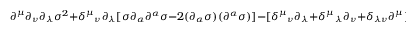
\partial ^ { \mu } \partial _ { \nu } \partial _ { \lambda } \sigma ^ { 2 } + \delta ^ { \mu } { } _ { \nu } \partial _ { \lambda } [ \sigma \partial _ { \alpha } \partial ^ { \alpha } \sigma - 2 ( \partial _ { \alpha } \sigma ) ( \partial ^ { \alpha } \sigma ) ] - [ \delta ^ { \mu } { } _ { \nu } \partial _ { \lambda } + \delta ^ { \mu } { } _ { \lambda } \partial _ { \nu } + \delta _ { \lambda \nu } \partial ^ { \mu } ] ( \partial _ { \alpha } \sigma ) ( \partial ^ { \alpha } \sigma ) = 0 .